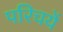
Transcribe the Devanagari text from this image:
परिचयें